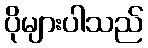
ပိုများပါသည်